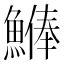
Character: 𩺨